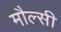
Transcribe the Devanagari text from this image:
मौल्सी